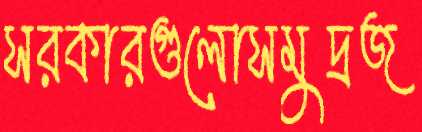
সরকারগুলোসমুদ্রজ